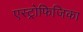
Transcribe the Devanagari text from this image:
एस्ट्रोफिजिका